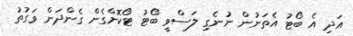
އަދި އެ ބޯޓު އެތަނުން ނުނެގި ލަސްވީ ބޯޓު ޓޯކޮށްގެން ގެންދަން ވަގުތު